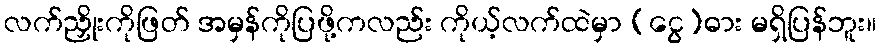
လက်ညှိုးကိုဖြတ် အမှန်ကိုပြဖို့ကလည်း ကိုယ့်လက်ထဲမှာ (ငွေ)ဓား မရှိပြန်ဘူး။